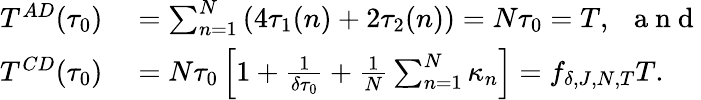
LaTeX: \begin{array}{rl}{T^{AD}(\tau_{0})}&{{}=\sum_{n=1}^{N}\left(4\tau_{1}(n)+2\tau_{2}(n)\right)=N\tau_{0}=T,~~\mathrm{~a~n~d~}}\\ {T^{CD}(\tau_{0})}&{{}=N\tau_{0}\left[1+\frac{1}{\delta\tau_{0}}+\frac{1}{N}\sum_{n=1}^{N}\kappa_{n}\right]=f_{\delta,J,N,T}T.}\end{array}